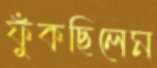
ফুঁকছিলেম